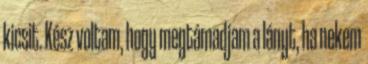
kicsit. Kész voltam, hogy megtámadjam a lányt, ha nekem